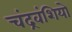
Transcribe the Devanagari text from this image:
चंद्रवंशियो